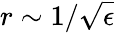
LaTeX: r\sim{1}/{\sqrt{\epsilon}}